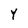
Character: Y